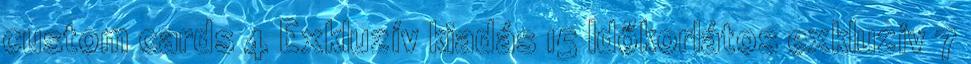
custom cards 4 Exkluzív kiadás 15 Időkorlátos exkluzív 7